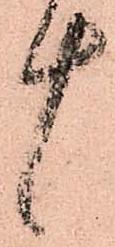
言